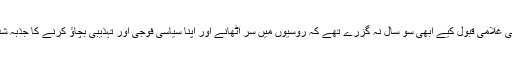
ہر محاذ پر پسپائی اور بالآخر تاتاری زریں خیل (Golden Hordes) کی غلامی قبول کیے ابھی سو سال نہ گزرے تھے کہ روسیوں میں سر اٹھانے اور اپنا سیاسی فوجی اور تہذیبی بچاؤ کرنے کا جذبہ شدت سے ابھرا اس جذبے کو صحیح رخ دینے والی شخصیتیں بھی ابھر آئیں۔